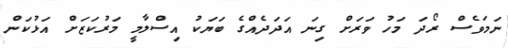
ނަމަވެސް ރޯދަ މަހު ވަރަށް ގިނަ އަދަދެއްގެ ބަޔަކު އިސްލާމީ މަރުކަޒަށް އަޅުކަން